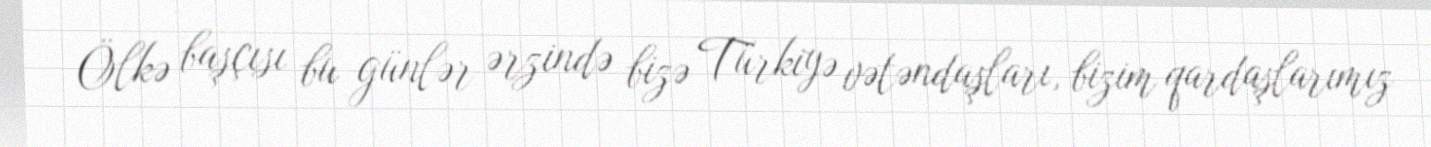
Ölkə başçısı bu günlər ərzində bizə Türkiyə vətəndaşları, bizim qardaşlarımız